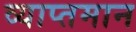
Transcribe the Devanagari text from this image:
व्याप्तमान